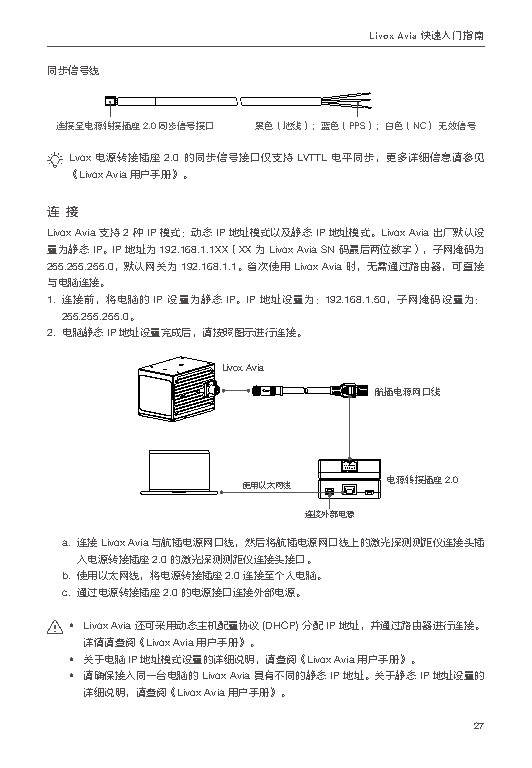
Livox Avia 快速入门指南
 同步信号线
 连接至电源转接插座2.0同步信号接口 黑色（地线）；蓝色（PPS）；白色（NC） 无效信号
 Lvox 电源转接插座 2.0 的同步信号接口仅支持 LVTTL 电平同步，更多详细信息请参见
 《Livox Avia 用户手册》。
 连 接
 Livox Avia 支持 2 种 IP 模式：动态 IP 地址模式以及静态 IP 地址模式。Livox Avia 出厂默认设
 置为静态 IP。IP 地址为 192.168.1.1XX（XX 为 Livox Avia SN 码最后两位数字），子网掩码为
 255.255.255.0，默认网关为 192.168.1.1。首次使用 Livox Avia 时，无需通过路由器，可直接
 与电脑连接。
 1. 连接前，将电脑的 IP 设置为静态 IP。IP 地址设置为：192.168.1.50，子网掩码设置为：
 255.255.255.0。
 2. 电脑静态 IP 地址设置完成后，请按照图示进行连接。
 Livox Avia
 航插电源网口线
 使用以太网线    电源转接插座2.0
 连接外部电源
 a. 连接 Livox Avia与航插电源网口线，然后将航插电源网口线上的激光探测测距仪连接头插
 入电源转接插座 2.0 的激光探测测距仪连接头接口。
 b. 使用以太网线，将电源转接插座 2.0 连接至个人电脑。
 c. 通过电源转接插座 2.0 的电源接口连接外部电源。
 • Livox Avia 还可采用动态主机配置协议 (DHCP) 分配 IP 地址，并通过路由器进行连接。
 详情请查阅《Livox Avia 用户手册》。
 • 关于电脑 IP 地址模式设置的详细说明，请查阅《Livox Avia 用户手册》。
 • 请确保接入同一台电脑的 Livox Avia 具有不同的静态 IP 地址。关于静态 IP 地址设置的
 详细说明，请查阅《Livox Avia 用户手册》。
 27